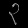
Digit: ၃